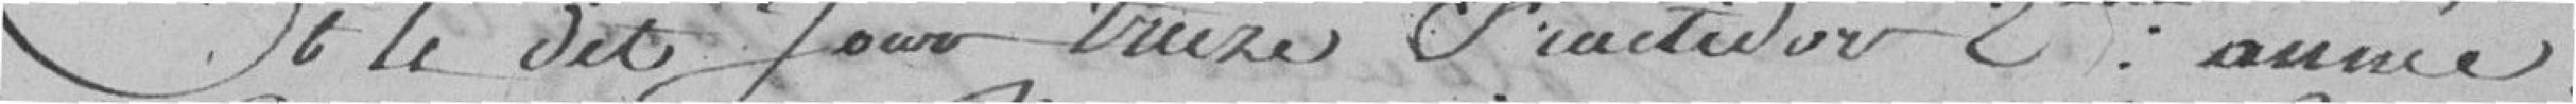
Et le dit jour treize Fructidor 2eme année